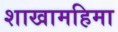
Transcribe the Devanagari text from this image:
शाखामहिमा